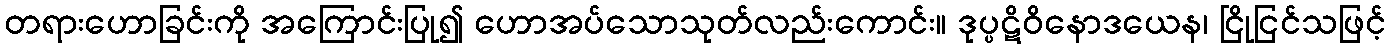
တရားဟောခြင်းကို အကြောင်းပြု၍ ဟောအပ်သောသုတ်လည်းကောင်း။ ဒုပ္ပဋိဝိနောဒယေန၊ ငြိုငြင်သဖြင့်